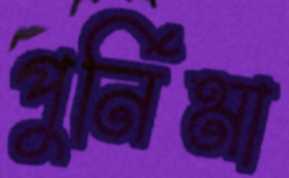
পুর্নিমা